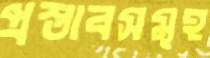
প্রস্তাবসমূহ